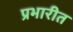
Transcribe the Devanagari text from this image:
प्रभारीत